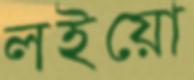
লইয়ো